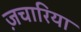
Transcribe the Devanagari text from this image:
ज़चारिया